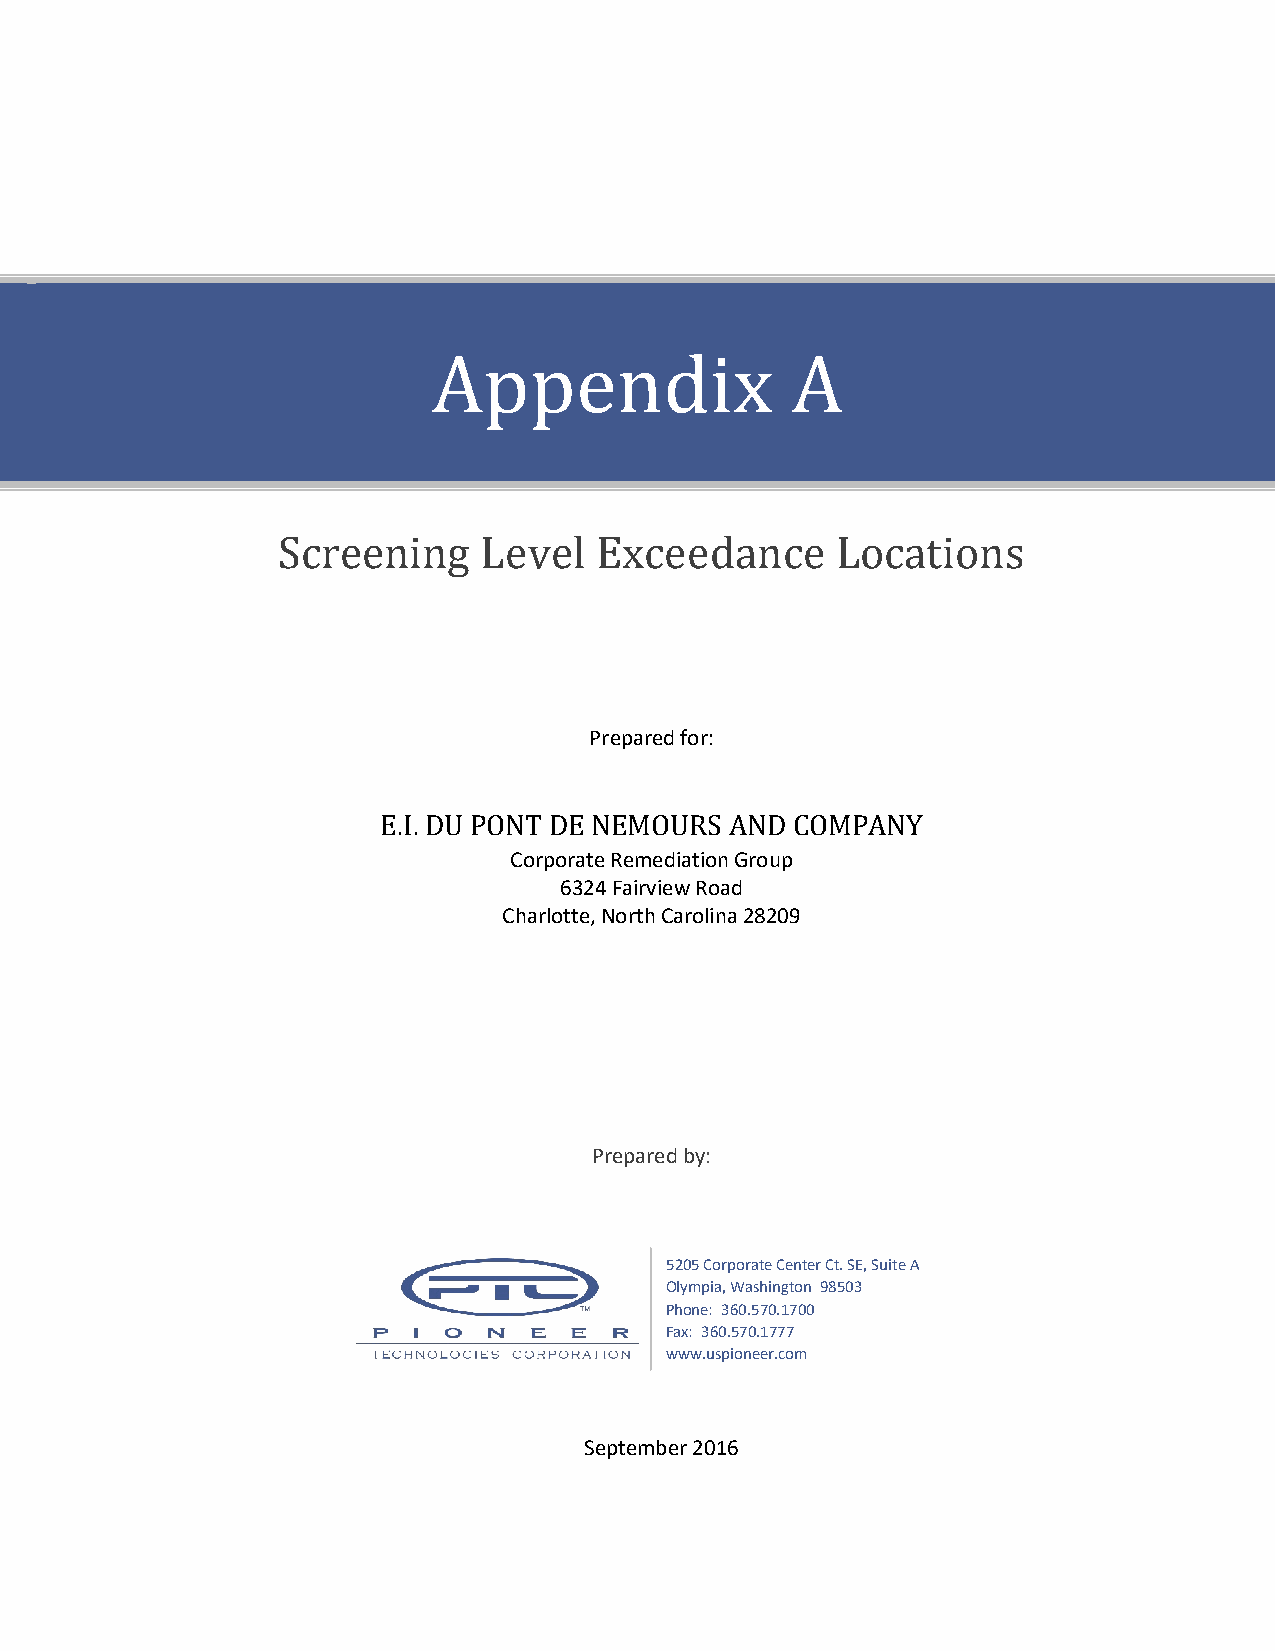
Appendix               A
 Screening     Level  Exceedance      Locations
 Prepared for:
 Corporate Remediation Group
 E.I. DU PONT D6E32 N4 EFaMirvOieUwR RoSa Ad ND COMPANY
 Charlotte, North Carolina 28209
 Prepared by:
 5205 Corporate Center Ct. SE, Suite A
 Olympia, Washington 98503
 Phone: 360.570.1700
 Fax: 360.570.1777
 www.uspioneer.com
 September 2016